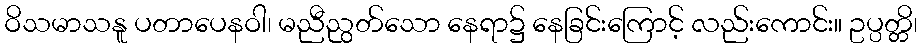
ဝိသမာသနူ ပတာပေနဝါ၊ မညီညွတ်သော နေရာ၌ နေခြင်းကြောင့် လည်းကောင်း။ ဥပ္ပတ္တိ၊